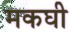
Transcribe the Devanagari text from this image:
मकघी